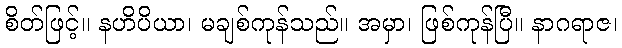
စိတ်ဖြင့်။ နဟိပိယာ၊ မချစ်ကုန်သည်။ အမှာ၊ ဖြစ်ကုန်ပြီ။ နာဂရာဇ၊